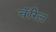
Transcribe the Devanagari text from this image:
चॅरिल